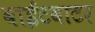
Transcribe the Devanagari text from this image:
वाईटवाटर